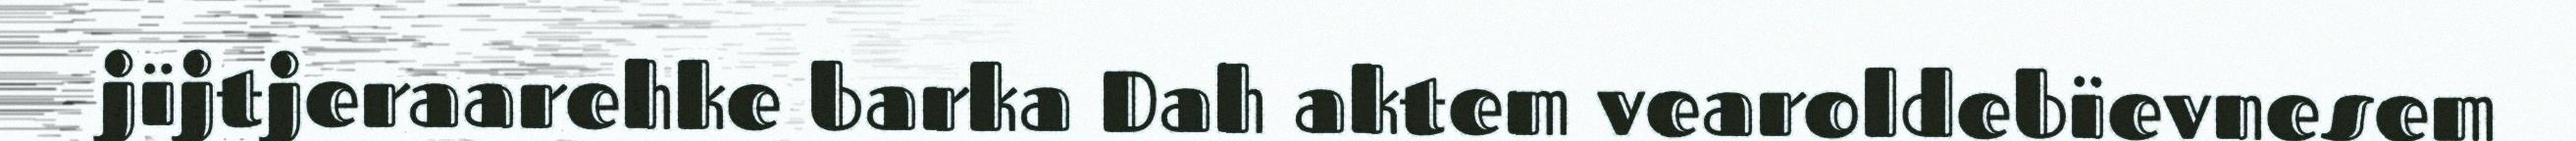
jïjtjeraarehke barka Dah aktem vearoldebïevnesem